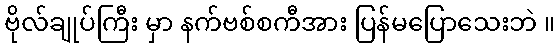
ဗိုလ်ချုပ်ကြီး မှာ နက်ဗစ်စကီအား ပြန်မပြောသေးဘဲ ။